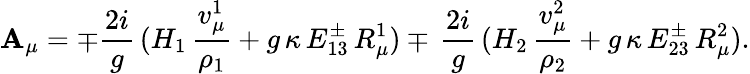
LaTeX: \mathbf{A}_{\mu}=\mp{\frac{{2i}}{{g}}}\, (H_{1}\, {\frac{{v_{\mu}^{1}}}{{\rho_{1}}}}+g\, \kappa\, E_{13}^{\pm}\, R_{\mu}^{1})\mp\, {\frac{{2i}}{{g}}}\, (H_{2}\, {\frac{{v_{\mu}^{2}}}{{\rho_{2}}}}+g\, \kappa\, E_{23}^{\pm}\, R_{\mu}^{2}).